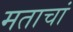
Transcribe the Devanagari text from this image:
मताचां